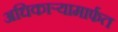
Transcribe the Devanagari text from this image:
अधिकार्‍यामार्फत